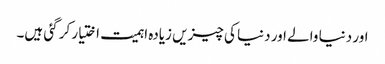
اور دنیا والے اور دنیا کی چیزیں زیادہ اہمیت اختیار کر گئی ہیں۔